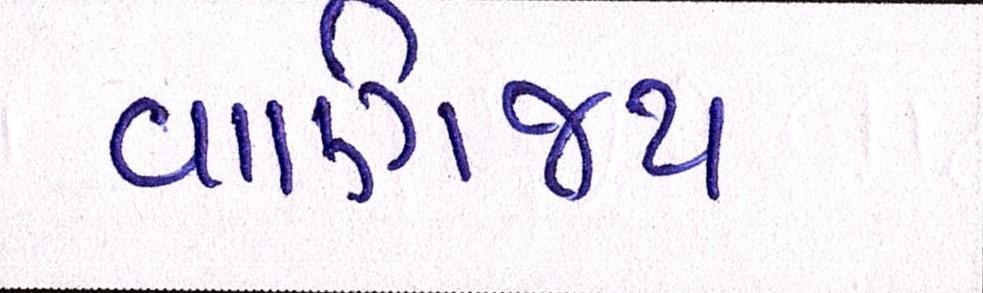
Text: વાણિજ્ય